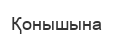
Қонышына